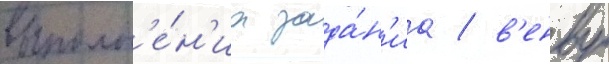
выполн'е́н'иа зада́н'иа / в'енву